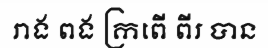
រាង ពង ក្រពើ ពីរ បាន